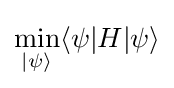
\min _{|\psi \rangle }\langle \psi |H|\psi \rangle